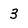
Character: 3